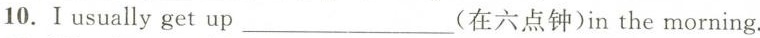
10. I usually get up ___ (在六点钟)in the morning.